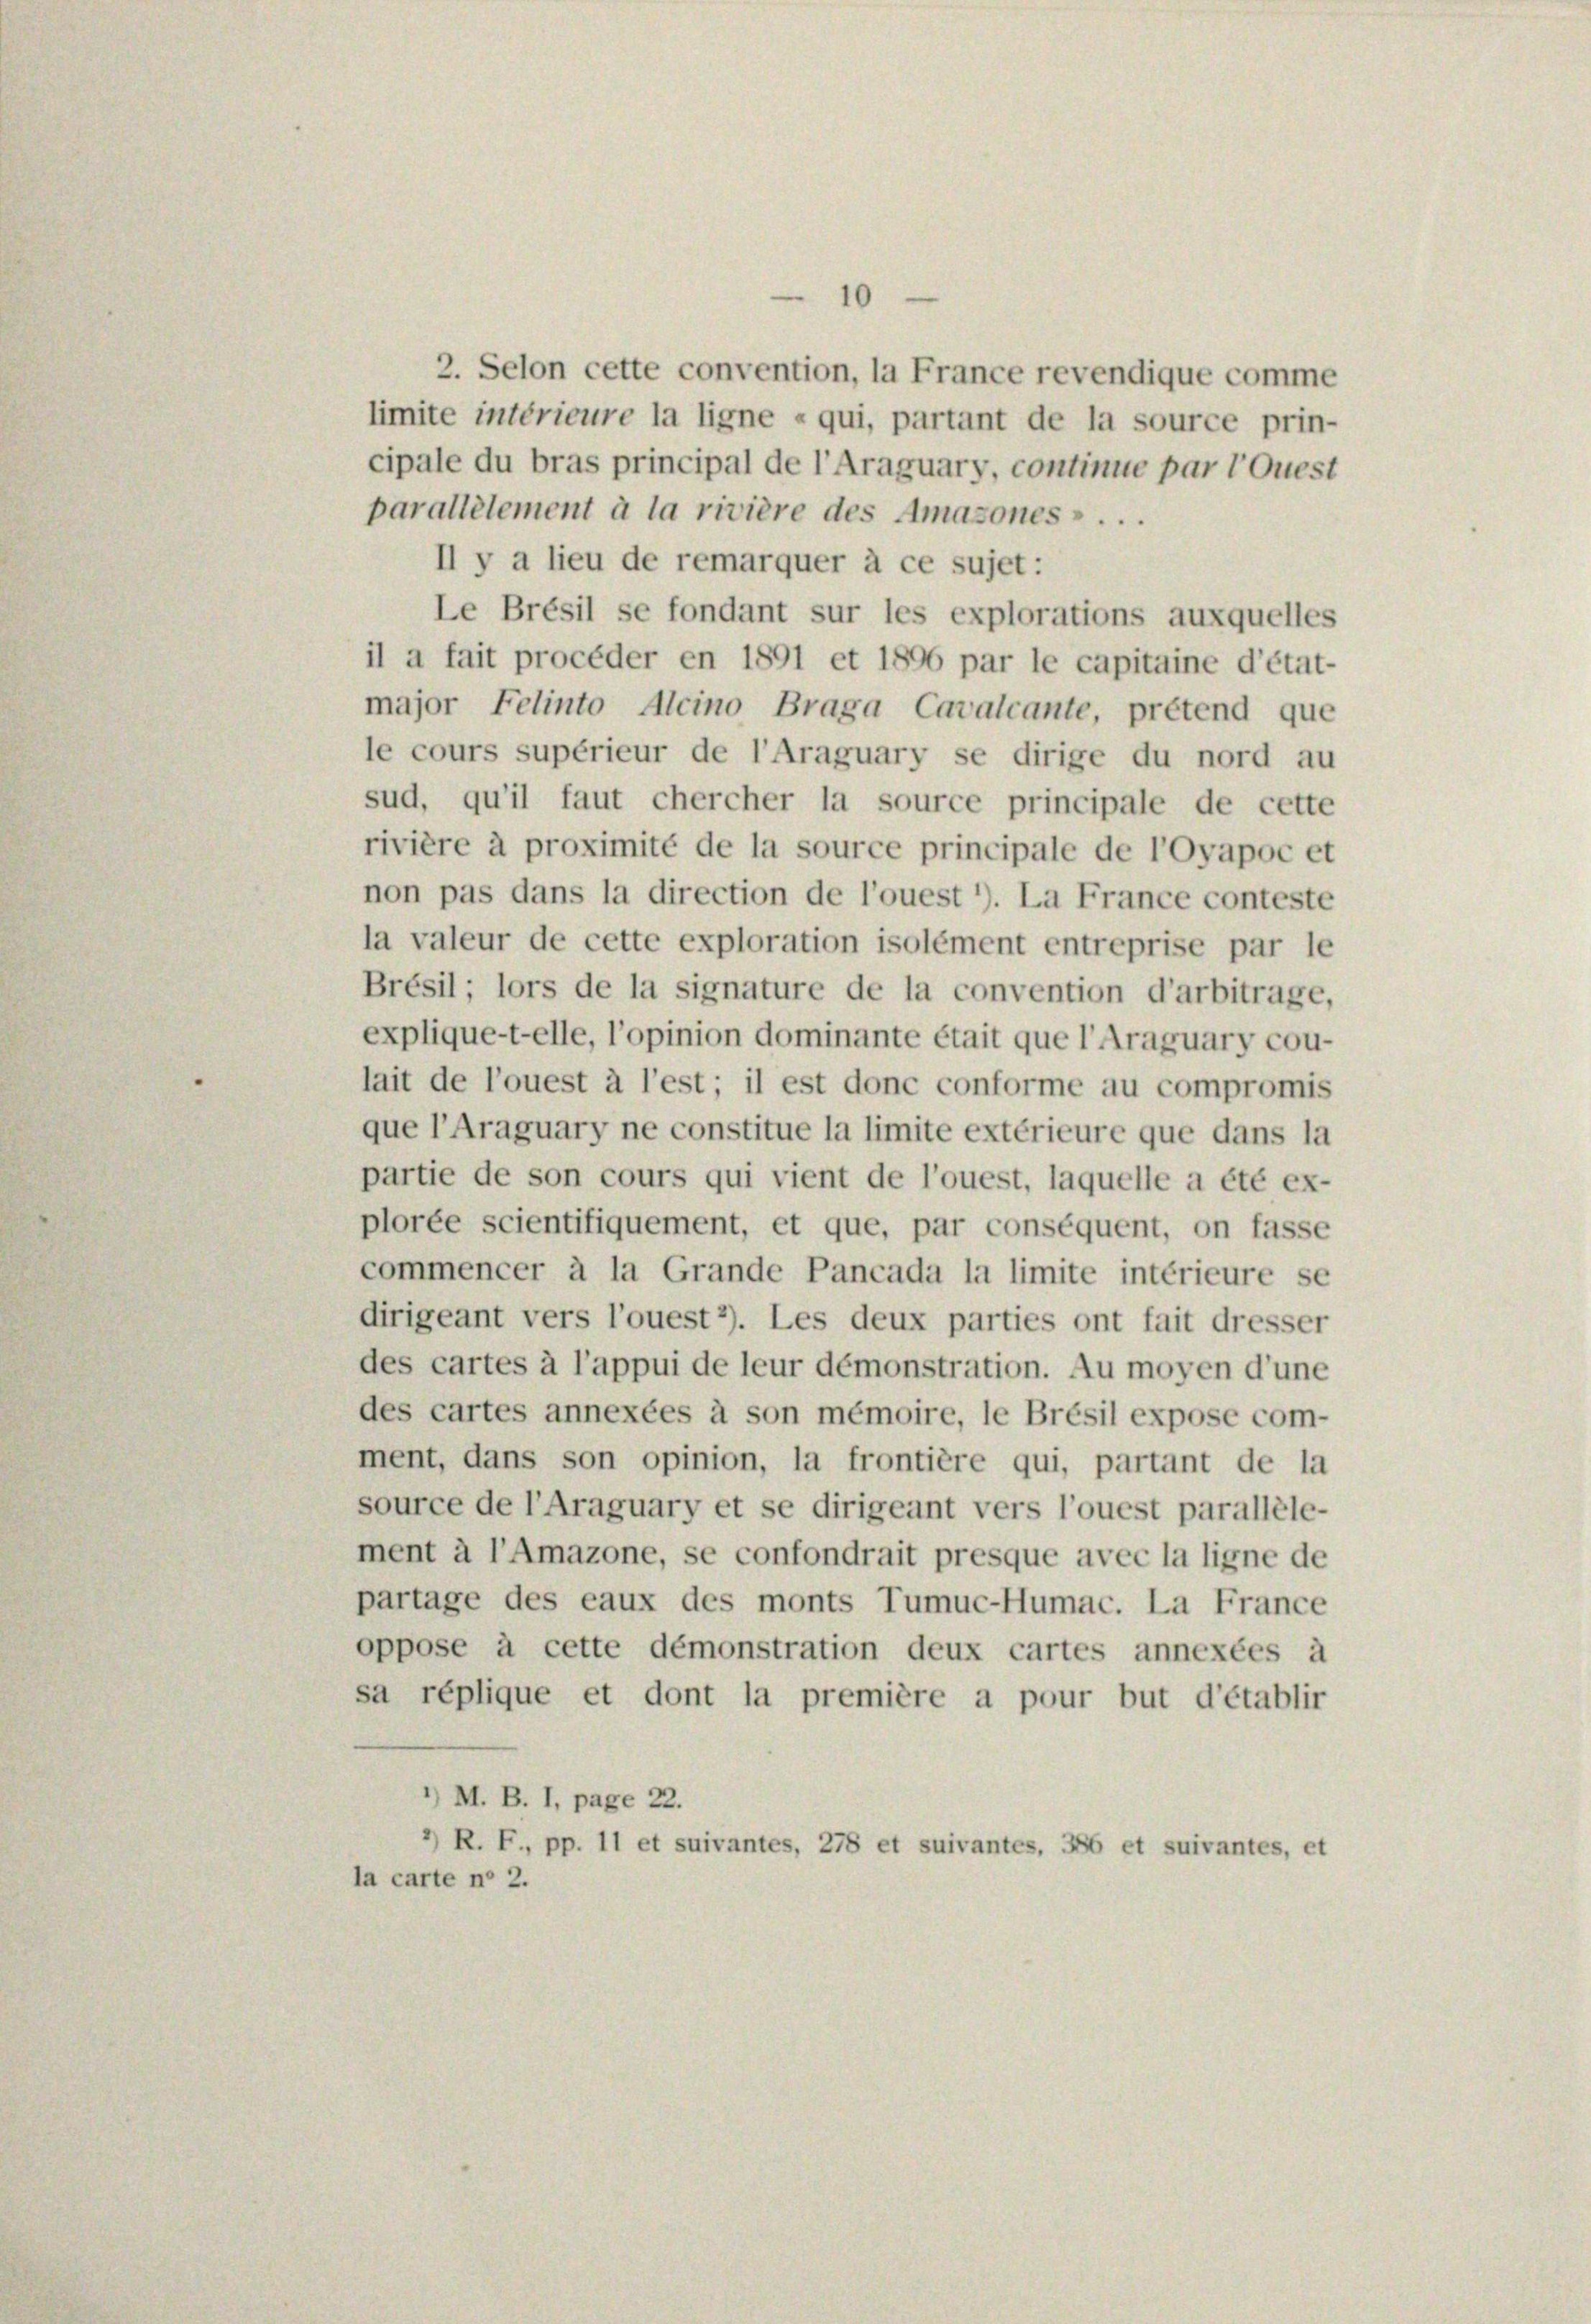
10

2. Selon cette convention, la France revendique comme
limite intérieure la ligne « qui, partant de la source prin-
cipale du bras principal de l’Araguary, continue par l Quest
parallelement à la rivière des Amazones» . . .
Il y a lieu de remarquer à ce sujet:
Le Brésil se fondant sur les explorations auxquelles
il a fait procéder en 1891 et 1896 par le capitaine d’état-
major Felinto Alcino Braga Cavalcante, prétend que
le cours supérieur de l’Araguary se dirige du nord au
sud, qu’il faut chercher la source principale de cette
rivière à proximité de la source principale de l’Oyapoc et
non pas dans la direction de l’ouest’). La France conteste
la valeur de cette exploration isolément entreprise par le
Brésil; lors de la signature de la convention d’arbitrage,
explique-t-elle, l’opinion dominante était que l’Araguary cou-
lait de l’ouest à l’est; il est donc conforme au compromis
que l’Araguary ne constitue la limite extérieure que dans la
partie de son cours qui vient de l’ouest, laquelle a été ex-
plorée scientifiquement, et que, par conséquent, on fasse
commencer à la Grande Pancada la limite intérieure se
dirigeant vers l’ouest 2). Les deux parties ont fait dresser
des cartes à l’appui de leur démonstration. Au moyen d’une
des cartes annexées à son mémoire, le Brésil expose com-
ment, dans son opinion, la frontière qui, partant de la
source de l’Araguary et se dirigeant vers l’ouest parallele-
ment à l’Amazone, se confondrait presque avec la ligne de
partage des eaux des monts Tumuc-Humac. La France
oppose à cette démonstration deux cartes annexées à
sa réplique et dont la première a pour but d’établir
’) M. B. I, page 22.
’) R. F., pp. 11 et suivantes, 278 et suivantes, 386 et suivantes, et
la carte no 2.